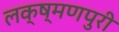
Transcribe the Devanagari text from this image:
लक्ष्मणपुरी